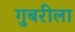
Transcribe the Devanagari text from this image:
गुबरीला